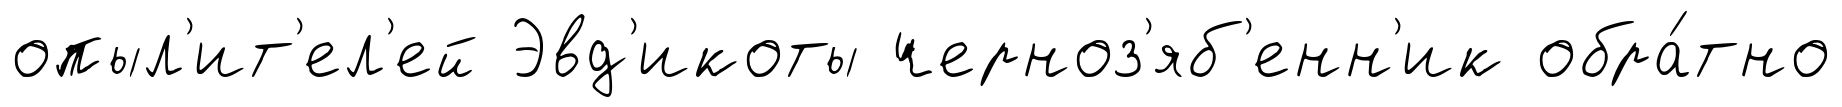
опыл'ит'ел'ей Эвд'икоты черноз'яб'енн'ик обра́тно